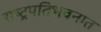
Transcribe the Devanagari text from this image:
राष्ट्रपतिभवनात